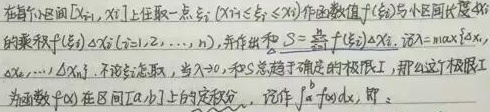
在每个小区间 \([x_{i - 1},x_{i}]\) 上任取一点 \(\xi_{i}(x_{i - 1}\leq\xi_{i}\leq x_{i})\) 作函数值 \(f(\xi_{i})\) 与小区间长度 \(\Delta x_{i}\) 的乘积 \(f(\xi_{i})\Delta x_{i}(i = 1,2,\cdots,n)\)，并作出和 \(S = \sum_{i = 1}^{n}f(\xi_{i})\Delta x_{i}\)。记 \(\lambda=\max\{\Delta x_{1},\Delta x_{2},\cdots,\Delta x_{n}\}\)。不论点 \(\xi_{i}\) 怎样取，当 \(\lambda\to0\) 时，和 \(S\) 总趋于确定的极限 \(I\)，那么这个极限 \(I\) 称为函数 \(f(x)\) 在区间 \([a,b]\) 上的定积分，记作 \(\int_{a}^{b}f(x)dx\)，即：